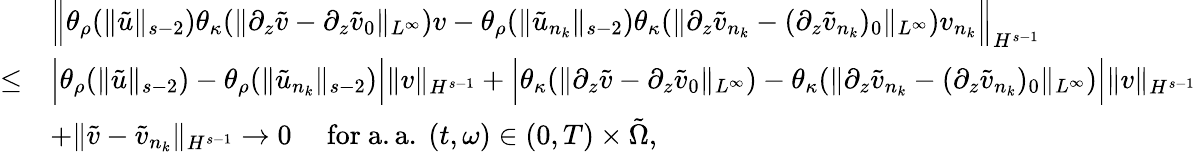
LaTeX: \begin{array}{rl}&{\Big\| \theta_{\rho}(\| \tilde{u}\| _{s-2})\theta_{\kappa}(\| \partial_{z}\tilde{v}-\partial_{z}\tilde{v}_{0}\| _{L^{\infty}})v-\theta_{\rho}(\| \tilde{u}_{n_{k}}\| _{s-2})\theta_{\kappa}(\| \partial_{z}\tilde{v}_{n_{k}}-(\partial_{z}\tilde{v}_{n_{k}})_{0}\| _{L^{\infty}})v_{n_{k}}\Big\| _{H^{s-1}}}\\ {\leq}&{\Big|\theta_{\rho}(\| \tilde{u}\| _{s-2})-\theta_{\rho}(\| \tilde{u}_{n_{k}}\| _{s-2})\Big|\| v\| _{H^{s-1}}+\Big|\theta_{\kappa}(\| \partial_{z}\tilde{v}-\partial_{z}\tilde{v}_{0}\| _{L^{\infty}})-\theta_{\kappa}(\| \partial_{z}\tilde{v}_{n_{k}}-(\partial_{z}\tilde{v}_{n_{k}})_{0}\| _{L^{\infty}})\Big|\| v\| _{H^{s-1}}}\\ &{+\| \tilde{v}-\tilde{v}_{n_{k}}\| _{H^{s-1}}\to 0\quad\mathrm{~for~a.a.~}(t,\omega)\in(0,T)\times\tilde{\Omega},}\end{array}